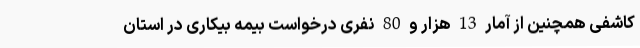
کاشفی همچنین از آمار 13 هزار و 80 نفری درخواست بیمه بیکاری در استان